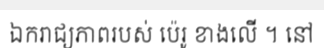
ឯករាជ្យភាពរបស់ ប៉េរូ ខាងលើ ។ នៅ